Report of an investigation into the causes of malaria in Bombay and the measures necessary for its control
Disease focus: Malaria
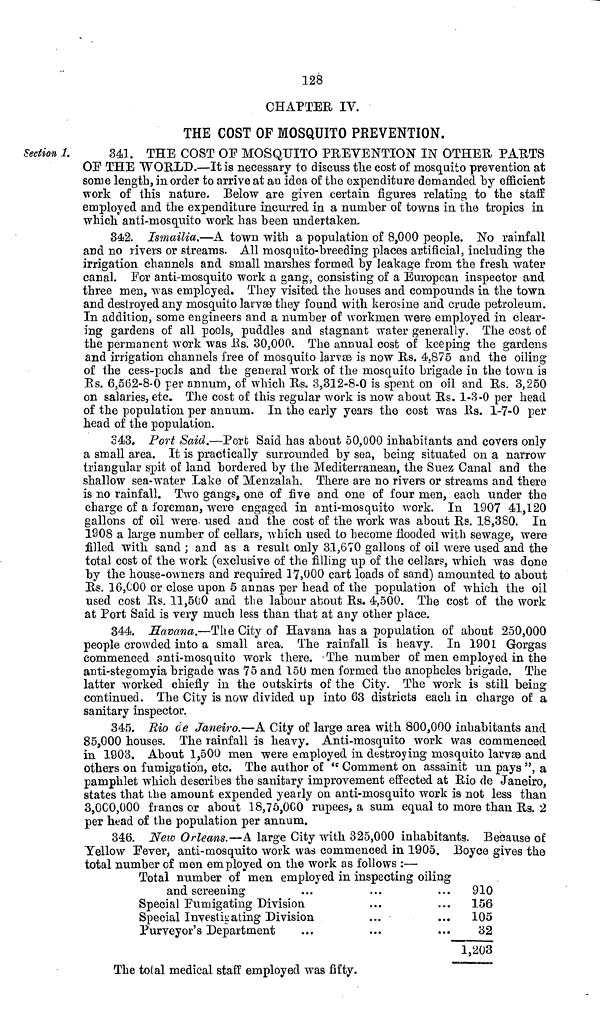
128
CHAPTER IV.
THE COST OF MOSQUITO PREVENTION.
Section 1.
341. THE COST OF MOSQUITO PREVENTION IN OTHER PARTS
OF THE WORLD.—It is necessary to discuss the cost of mosquito prevention at
some length, in order to arrive at an idea of the expenditure demanded by efficient
work of this nature. Below are given certain figures relating to the staff
employed and the expenditure incurred in a number of towns in the tropics in
which anti-mosquito work has been undertaken.
342. Ismailia.—A town with a population of 8,000 people. No rainfall
and no livers or streams. All mosquito-breeding places artificial, including the
irrigation channels and small marshes formed by leakage from the fresh water
canal. For anti-mosquito work a gang, consisting of a European inspector and
three men, was employed. They visited the houses and compounds in the town
and destroyed any mosquito larvae they found with kerosine and crude petroleum.
In addition, some engineers and a number of workmen were employed in clear-
ing gardens of all pools, puddles and stagnant water generally. The cost of
the permanent work was Rs. 30,000. The annual cost of keeping the gardens
and irrigation channels free of mosquito larvae is now Rs. 4.875 and the oiling
of the cess-pools and the general work of the mosquito brigade in the town is
Rs. 6,562-8-0 per annum, of which Rs. 3,312-8-0 is spent on oil and Rs. 3,250
on salaries, etc. The cost of this regular work is now about Rs. 1-3-0 per head
of the population per annum. In the early years the cost was Rs. 1-7-0 per
head of the population.
343. Port Said.—Port Said has about 50,000 inhabitants and covers only
a small area. It is practically surrounded by sea, being situated on a narrow
triangular spit of land bordered by the Mediterranean, the Suez Canal and the
shallow sea-water Lake of Menzalah. There are no rivers or streams and there
is no rainfall. Two gangs, one of five and one of four men, each under the
charge of a foreman, were engaged in anti-mosquito work. In 1907 41,120
gallons of oil were used and the cost of the work was about Rs. 18,380. In
1908 a large number of cellars, which used to become flooded with sewage, were
filled with sand ; and as a result only 31,670 gallons of oil were used and the
total cost of the work (exclusive of the filling up of the cellars, which was done
by the house-owners and required 17,000 cart loads of sand) amounted to about
Rs. 16,C00 or close upon 5 annas per head of the population of which the oil
used cost Rs. 11,500 and the labour about Rs. 4,500. The cost of the work
at Port Said is very much less than that at any other place.
344. Havana.—The City of Havana has a population of about 250,000
people crowded into a small area. The rainfall is heavy. In 1901 Gorgas
commenced anti-mosquito work there. The number of men employed in the
anti-stegomyia brigade was 75 and 150 men formed the anopheles brigade. The
latter worked chiefly in the outskirts of the City. The work is still being
continued. The City is now divided up into 63 districts each in charge of a
sanitary inspector.
345. Rio de Janeiro.—A City of large area with 800,000 inhabitants and
85,000 houses. The rainfall is heavy. Anti-mosquito work was commenced
in 1903. About 1,500 men were employed in destroying mosquito larvae and
others on fumigation, etc. The author of " Comment on assainit un pays ", a
pamphlet which describes the sanitary improvement effected at Rio de Janeiro,
states that the amount expended yearly on anti-mosquito work is not less than
3,000,000 francs or about 18,75,0C0 rupees, a sum equal to more than Rs. 2
per head of the population per annum.
346. New Orleans.—A large City with 325,000 inhabitants. Because of
Yellow Fever, anti-mosquito work was commenced in 1905, Boyce gives the
total number of men employed on the work as follows :—
Total number of men employed in inspecting oiling
and screening
Special Fumigating Division
Special Investigating Division
Purveyor's Department
910
156
105
32
"1,203
The total medical staff employed was fifty.